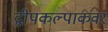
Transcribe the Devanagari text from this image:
द्वीपकल्पाकवर